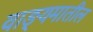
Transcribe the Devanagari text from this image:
वाङ्यमातील